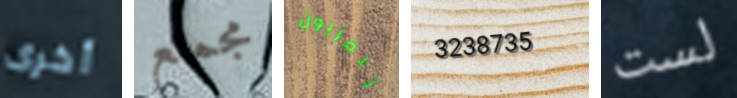
أخرى مجمع تلفزيون 3238735 لست